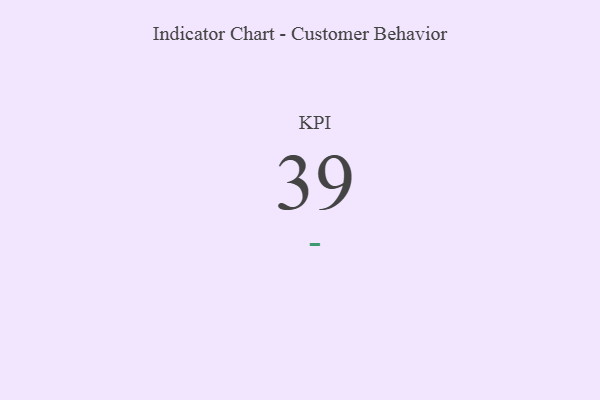
{"axis": {"x": "KPI", "y": "Value"}, "legend": [""], "data": [{"x": "KPI", "y": 39, "type": ""}]}